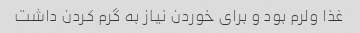
غذا ولرم بود و برای خوردن نیاز به گرم کردن داشت